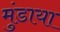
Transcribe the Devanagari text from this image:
मुंडाया